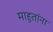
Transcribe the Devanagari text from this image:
माहुतांना